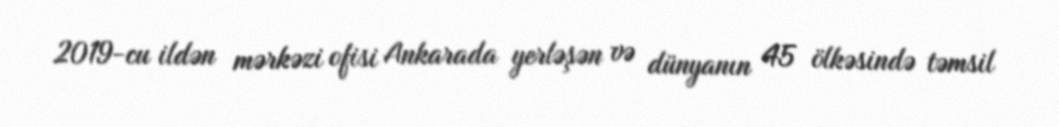
2019-cu ildən mərkəzi ofisi Ankarada yerləşən və dünyanın 45 ölkəsində təmsil